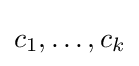
c_{1},\dots ,c_{k}